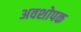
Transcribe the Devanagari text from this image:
अवशोपक